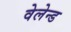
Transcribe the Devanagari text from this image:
वेलेन्ड